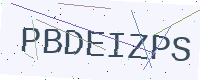
Text: PBDEIZPS